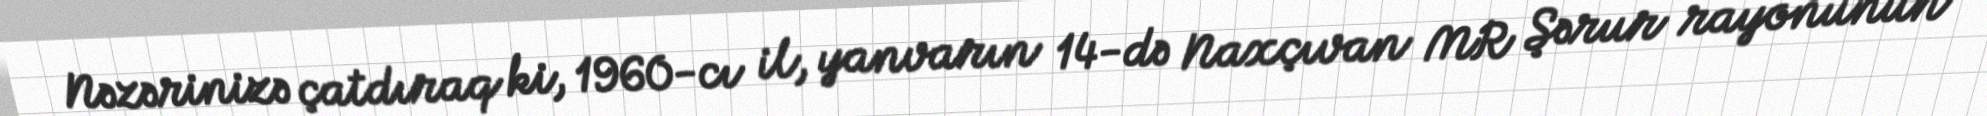
Nəzərinizə çatdıraq ki, 1960-cı il, yanvarın 14-də Naxçıvan MR Şərur rayonunun